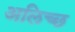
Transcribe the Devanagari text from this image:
अलिच्छ